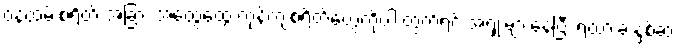
၀န်ထမ်းစရိတ် အခြား အထွေထွေ ကုန်ကျစရိတ်တွေကိုပါ တွက်ရင် အရှုံးများနေပြီး ရထားခ နှစ်ဆ